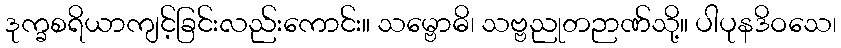
ဒုက္ခစရိယာကျင့်ခြင်းလည်းကောင်း။ သမ္ဗောဓိ၊ သဗ္ဗညုတဉာဏ်သို့။ ပါပုနဒိဝသေ၊